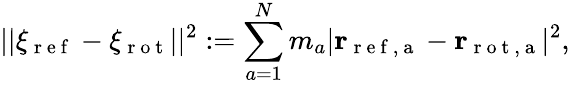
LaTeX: ||\xi_{\mathrm{~r~e~f~}}-\xi_{\mathrm{~r~o~t~}}||^{2}:=\sum_{a=1}^{N}m_{a}|\mathbf{r}_{\mathrm{~r~e~f~,~a~}}-\mathbf{r}_{\mathrm{~r~o~t~,~a~}}|^{2},